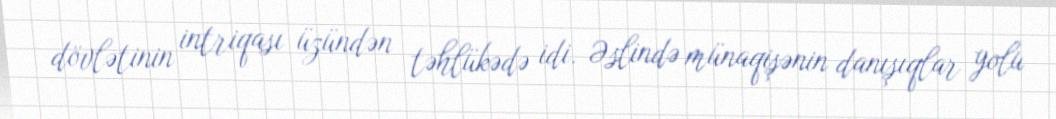
dövlətinin intriqası üzündən təhlükədə idi. Əslində münaqişənin danışıqlar yolu